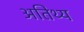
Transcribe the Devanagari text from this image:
अतिथ्य